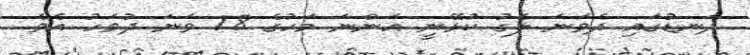
ދަނޑުގައި ދެވަނަ ލެގު ކުޅޭނީ އަންނަ މަހުގެ 18 ވަނަ ދުވަހު އެވެ.